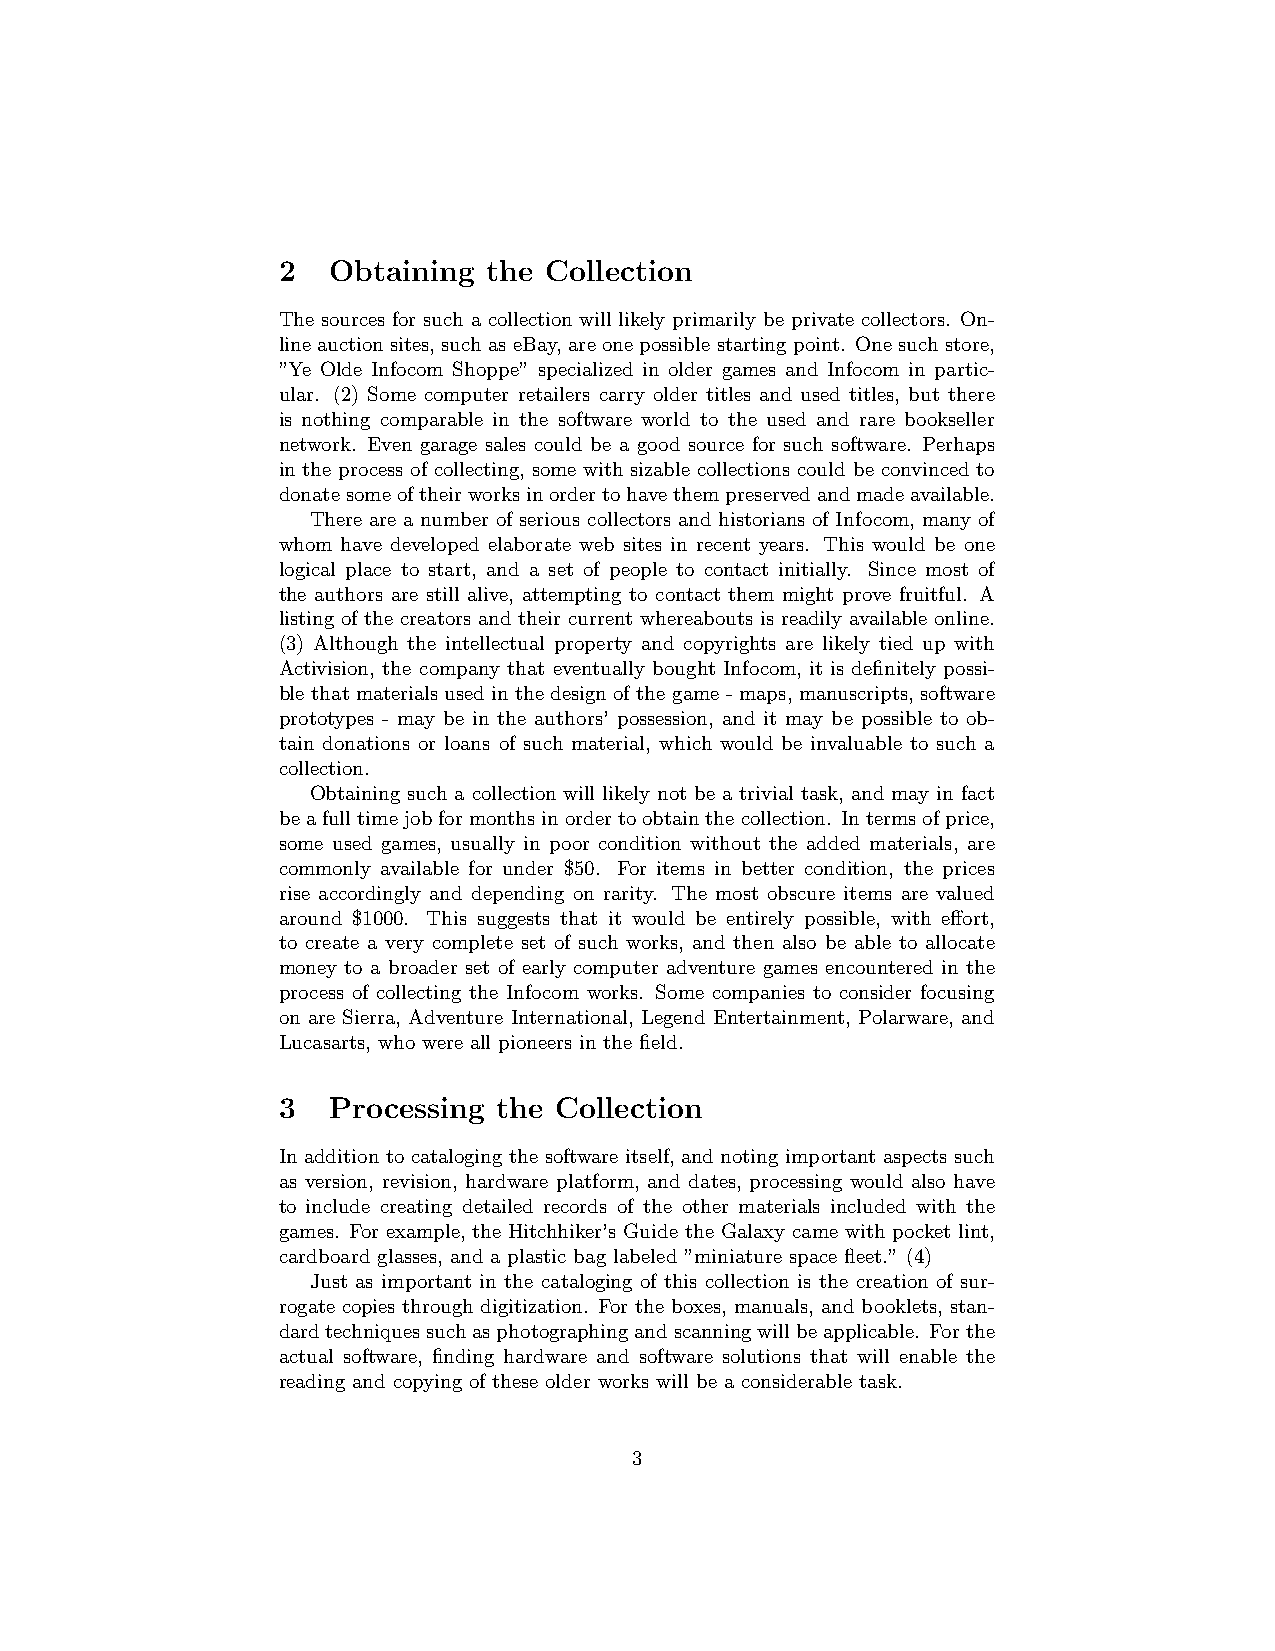
2   Obtaining the Collection
 The sources for such a collection will likely primarily be private collectors. On-
 line auctionsites, such as eBay, are one possible startingpoint. One suchstore,
 ”Ye Olde Infocom Shoppe” specialized in older games and Infocom in partic-
 ular. (2) Some computer retailers carry older titles and used titles, but there
 is nothing comparable in the software world to the used and rare bookseller
 network. Even garage sales could be a good source for such software. Perhaps
 in the process of collecting, some with sizable collections could be convinced to
 donatesomeoftheirworksinordertohavethempreservedandmadeavailable.
 There are a number of serious collectors and historians of Infocom, many of
 whom have developed elaborate web sites in recent years. This would be one
 logical place to start, and a set of people to contact initially. Since most of
 the authors are still alive, attempting to contact them might prove fruitful. A
 listing of the creators and their current whereabouts is readily available online.
 (3) Although the intellectual property and copyrights are likely tied up with
 Activision, the company that eventually bought Infocom, it is definitely possi-
 ble that materials used in the design of the game - maps, manuscripts, software
 prototypes - may be in the authors’ possession, and it may be possible to ob-
 tain donations or loans of such material, which would be invaluable to such a
 collection.
 Obtaining such a collection will likely not be a trivial task, and may in fact
 beafulltimejobformonthsinordertoobtainthecollection. Intermsofprice,
 some used games, usually in poor condition without the added materials, are
 commonly available for under $50. For items in better condition, the prices
 rise accordingly and depending on rarity. The most obscure items are valued
 around $1000. This suggests that it would be entirely possible, with effort,
 to create a very complete set of such works, and then also be able to allocate
 money to a broader set of early computer adventure games encountered in the
 process of collecting the Infocom works. Some companies to consider focusing
 on are Sierra, Adventure International, Legend Entertainment, Polarware, and
 Lucasarts, who were all pioneers in the field.
 3   Processing the Collection
 In addition to cataloging the software itself, and noting important aspects such
 as version, revision, hardware platform, and dates, processing would also have
 to include creating detailed records of the other materials included with the
 games. For example, the Hitchhiker’s Guide the Galaxy came with pocket lint,
 cardboard glasses, and a plastic bag labeled ”miniature space fleet.” (4)
 Just as important in the cataloging of this collection is the creation of sur-
 rogate copies through digitization. For the boxes, manuals, and booklets, stan-
 dardtechniquessuchasphotographingandscanningwillbeapplicable. Forthe
 actual software, finding hardware and software solutions that will enable the
 reading and copying of these older works will be a considerable task.
 3